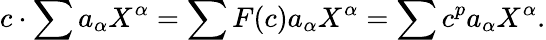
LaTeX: c\cdot\sum a_{\alpha}X^{\alpha}=\sum F(c)a_{\alpha}X^{\alpha}=\sum c^{p}a_{\alpha}X^{\alpha}.